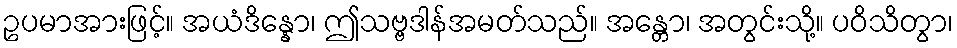
ဥပမာအားဖြင့်။ အယံဒိန္နော၊ ဤသဗ္ဗဒါန်အမတ်သည်။ အန္တော၊ အတွင်းသို့။ ပဝိသိတွာ၊